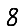
Digit: 8